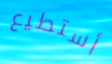
أستطيع